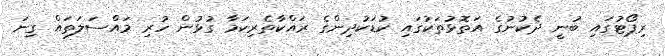
ރިޕޯޓުގައި ބުނީ ދެކުނުގެ އަތޮޅުތަކުގައި ކުޑަކުދިންގެ ރައްކާތެރިކަމާ ގުޅުން ހުރި މައްސަލަތައް ގިނަ